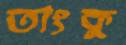
তাংকু